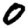
Digit: 0